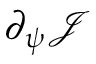
\partial _ { \psi } \mathcal { J }